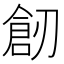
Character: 𠞴